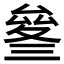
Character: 𠬄